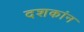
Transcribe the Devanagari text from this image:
दशकांन